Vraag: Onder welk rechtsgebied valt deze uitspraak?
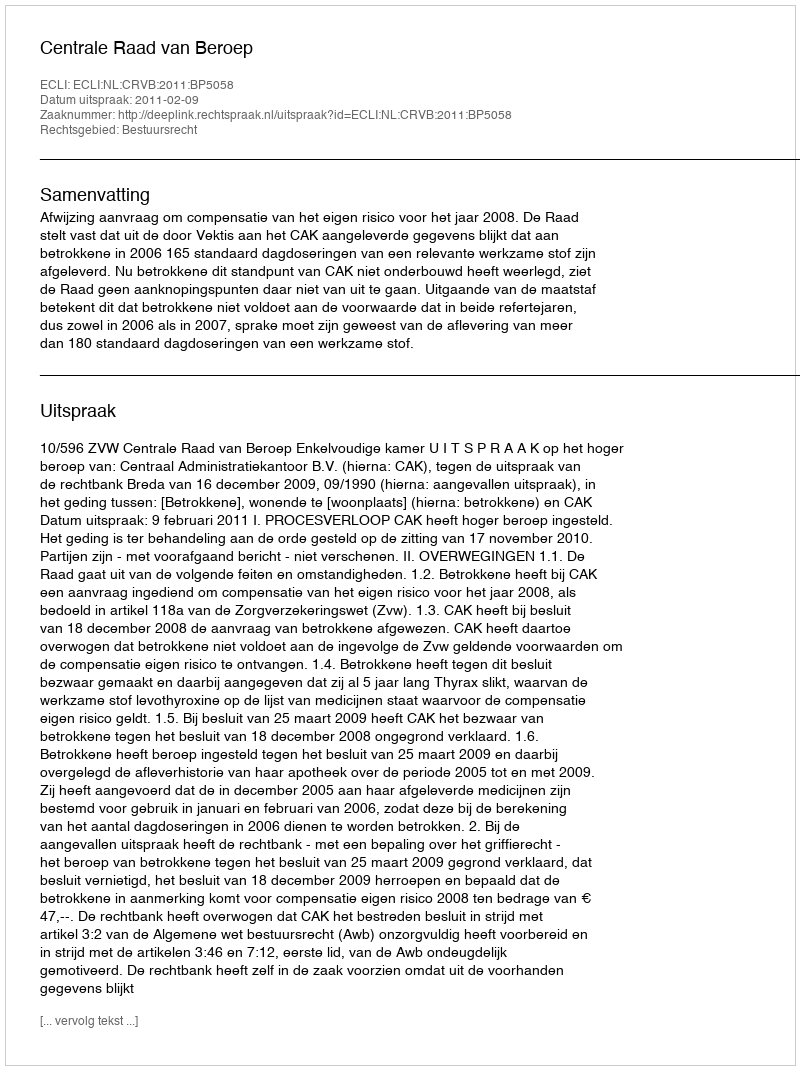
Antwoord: Bestuursrecht